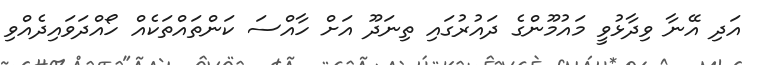
އަދި އޭނާ ވިދާޅުވީ މައުމޫންގެ ދައުރުގައި ތިނަދޫ އަށް ހާއްސަ ކަންތައްތަކެއް ހޯއްދަވައިދެއްވި